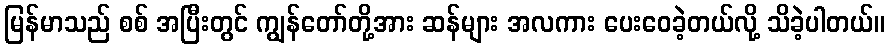
မြန်မာသည် စစ် အပြီးတွင် ကျွန်တော်တို့အား ဆန်များ အလကား ပေးဝေခဲ့တယ်လို့ သိခဲ့ပါတယ်။